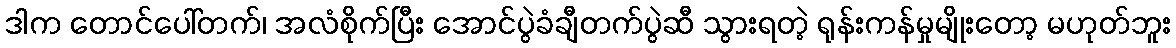
ဒါက တောင်ပေါ်တက်၊ အလံစိုက်ပြီး အောင်ပွဲခံချီတက်ပွဲဆီ သွားရတဲ့ ရုန်းကန်မှုမျိုးတော့ မဟုတ်ဘူး